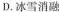
D.冰雪消融